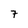
Character: 7